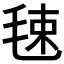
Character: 𣭴